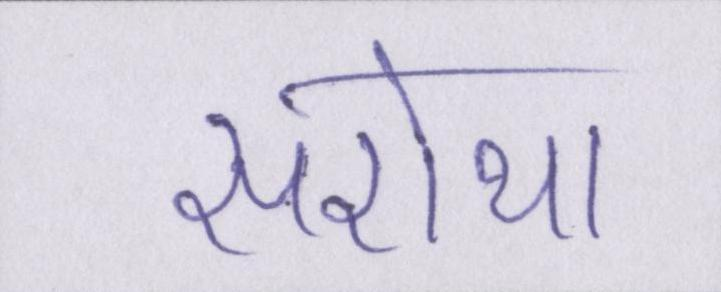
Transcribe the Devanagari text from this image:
सरोथा